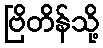
ဗြိတိန်သို့